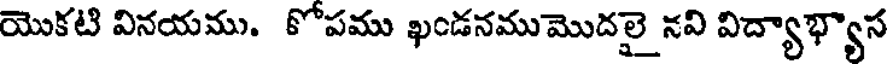
యొకటి వినయము. కోపము ఖండనముమొదలై నవి విద్యాభ్యాస